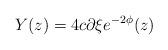
LaTeX: \begin{align*}Y(z)=4c\partial \xi e^{-2\phi}(z)\end{align*}